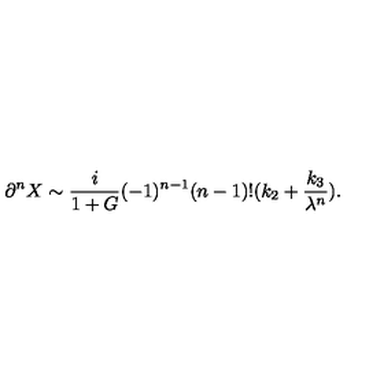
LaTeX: \partial ^ { n } X \sim \frac { i } { 1 + G } ( - 1 ) ^ { n - 1 } ( n - 1 ) ! ( k _ { 2 } + \frac { k _ { 3 } } { \lambda ^ { n } } ) .